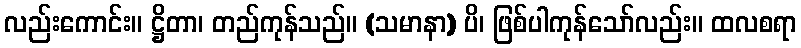
လည်းကောင်း။ ဋ္ဌိတာ၊ တည်ကုန်သည်။ (သမာနာ) ပိ၊ ဖြစ်ပါကုန်သော်လည်း။ ထလစရာ